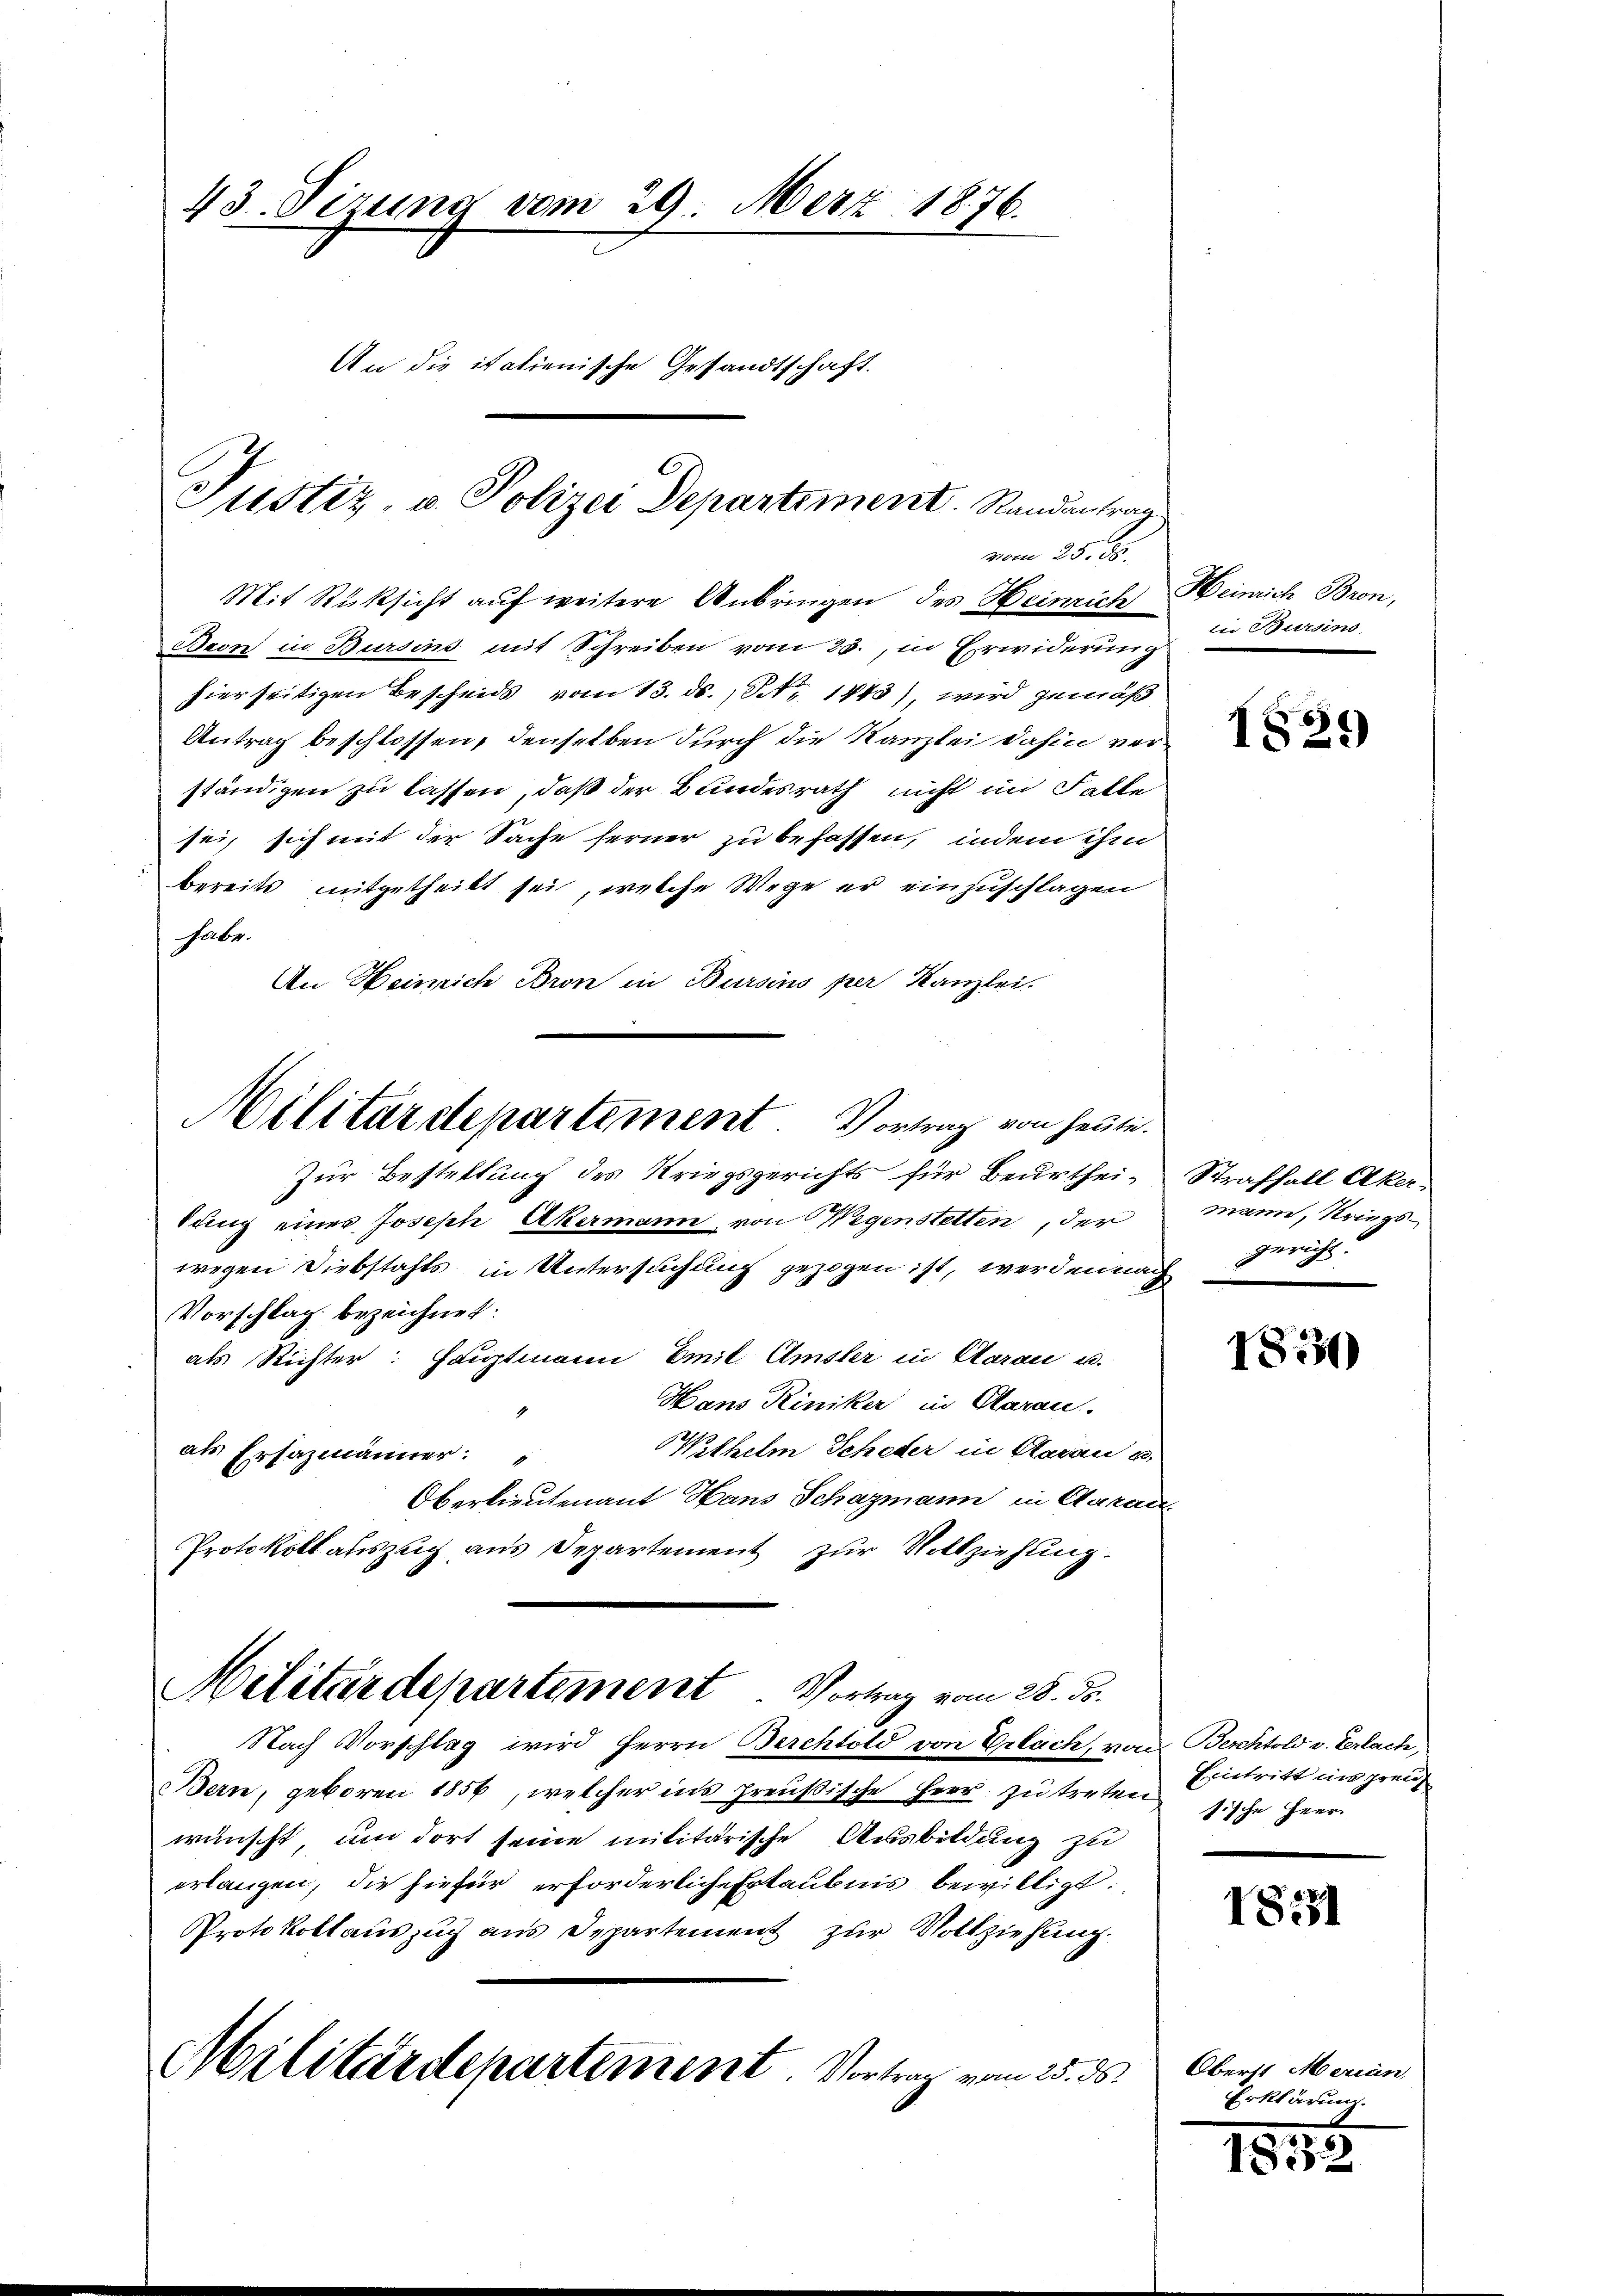
Mit Rüksicht auf weitere Anbringen des Heinrich Heinrich Bron,
Beon in Bursins mit Schreiben vom 23., in Erwiderung
hierseitigen Bescheids vom 13. ds., Nr. 1443) wird gemäß
Antrag beschlossen, denselben durch die Kanzlei dahin vorständigen zu lassen, daß der Bundesrath nicht im Falle
sei, sich mit der Sache ferner zu befassen, indem ihm
bereits mitgetheilt sei, welche Wege er einzuschlagen
habe.
An Heinrich Bron in Bursins per Kanzlei

43. Sizung vom 29. März 1876.
An die italienische Gesandtschaft.

Justiz- u. Polizei Departement. Randantrag
vom 25. ds.

Militärdepartement. Vortrag von heute.
Zur Bestellung des Kriegsgerichts für Beurthei- Straffall Aker-

tung eines Joseph Akermann, von Wegenstetten, der
wegen Diebstahls in Untersuchung gezogen ist, werden nach
Vorschlag bezeichnet:
als Richter: Hauptmann Emil Amsler in Aarau u.
Hans Riniker in Claran.
ithelm Scheder in Aarau u.
als Ersazmänner:
Oberlieutenant Hans Schazmann in Carac
Protokoll auszug aus Departement zur Vollziehung.
Militärdepartement. Vortrag vom 28. ds.
Nach Vorschlag wird Herrn Berchtold von Erlach, von
Bern, geboren 1856, welcher ins preußische Herr zu treten
wünscht, um dort seine militärische Ausbildung zu
erlangen, die hiefür erforderliche Erlaubnis bewilligt:
Protokollauszug aus Departement zur Vollziehung.
Militärdepartement. Vortrag vom 25. ds.

in Bursins

1829

mann, Kriegsgericht.

1830

Berchtold v. Verlach,
Eintritt ein grenz
sische Herr

1821

Oberst Merian,
Erklärung.

1832